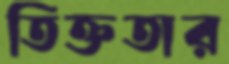
তিক্ততার